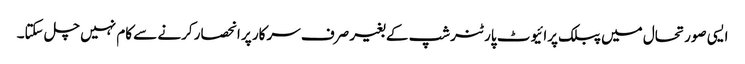
ایسی صورتحال میں پبلک پرائیوٹ پارٹنرشپ کے بغیر صرف سرکار پر انحصار کرنے سے کام نہیں چل سکتا۔